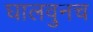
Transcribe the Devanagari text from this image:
घालवुनच